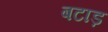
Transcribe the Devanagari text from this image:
बटाड़